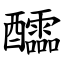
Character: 醽